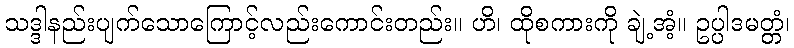
သဒ္ဒါနည်းပျက်သောကြောင့်လည်းကောင်းတည်း။ ဟိ၊ ထိုစကားကို ချဲ့အံ့။ ဥပ္ပါဒမတ္တံ၊